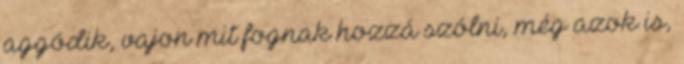
aggódik, vajon mit fognak hozzá szólni, még azok is,